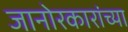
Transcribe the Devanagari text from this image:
जानोरकारांच्या